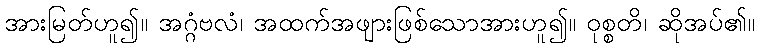
အားမြတ်ဟူ၍။ အဂ္ဂံဗလံ၊ အထက်အဖျားဖြစ်သောအားဟူ၍။ ဝုစ္စတိ၊ ဆိုအပ်၏။